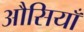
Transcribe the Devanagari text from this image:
औसियाँ